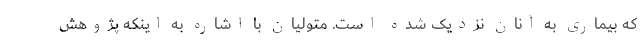
که بیماری به آنان نزدیک شده است. متولیان با اشاره به اینکه پژوهش